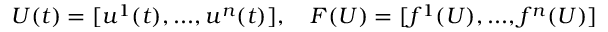
U ( t ) = [ u ^ { 1 } ( t ) , . . . , u ^ { n } ( t ) ] , \quad F ( U ) = [ f ^ { 1 } ( U ) , . . . , f ^ { n } ( U ) ]